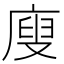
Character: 廋